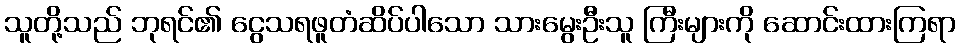
သူတို့သည် ဘုရင်၏ ငွေသရဖူတံဆိပ်ပါသော သားမွေးဦးသူ ကြီးများကို ဆောင်းထားကြရာ